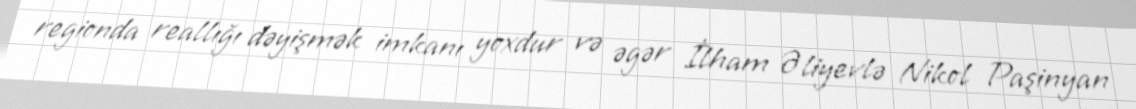
regionda reallığı dəyişmək imkanı yoxdur və əgər İlham Əliyevlə Nikol Paşinyan